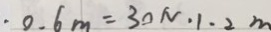
. 0 . 6 m = 3 0 N \cdot 1 . 2 m